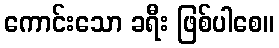
ကောင်းသော ခရီး ဖြစ်ပါစေ။